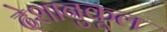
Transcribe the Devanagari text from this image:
देशानुकूल